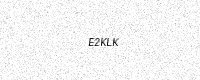
Text: E2KLK